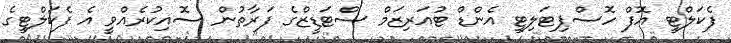
ފެކަލްޓީ އޮފް ހޮސްޕިޓަލިޓީ އެންޑް ޓުއަރިޒަމް ސްޓަޑީޒްގެ ފަރާތުން ސޮއިކުރެއްވީ އެ ފެކަލްޓީގެ